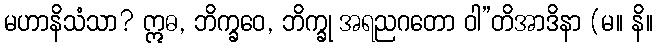
မဟာနိသံသာ? ဣဓ, ဘိက္ခဝေ, ဘိက္ခု အရညဂတော ဝါ”တိအာဒိနာ (မ။ နိ။